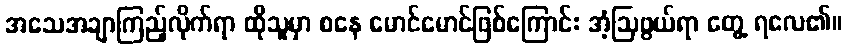
အသေအချာကြည့်လိုက်ရာ ထိုသူမှာ စနေ မောင်မောင်ဖြစ်ကြောင်း အံ့ဩဖွယ်ရာ တွေ့ ရလေ၏။